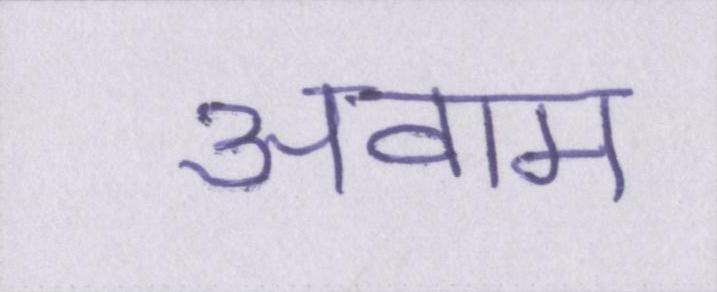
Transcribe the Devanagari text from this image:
अवाम